Indian journal of veterinary science and animal husbandry - Volumes 18-21, 1948-1951
Year: 1948
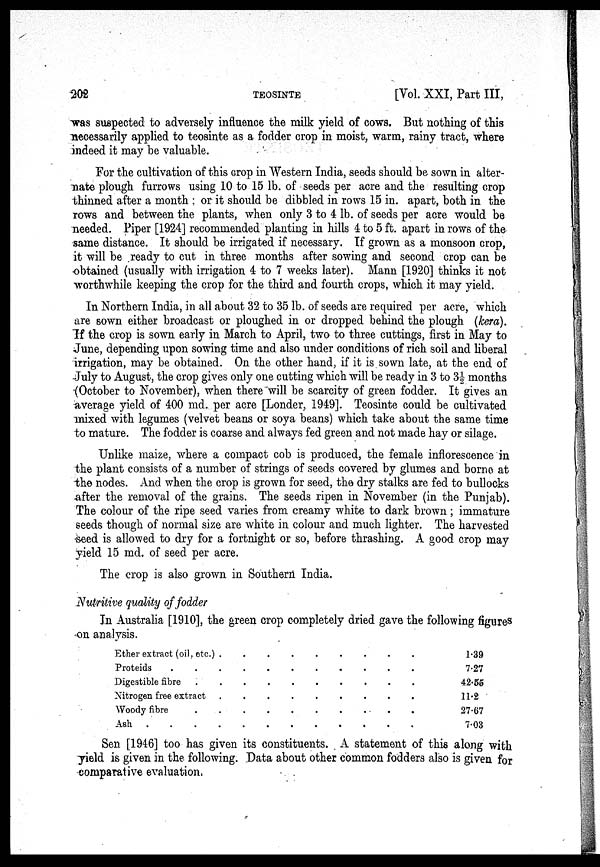
202
TEOSINTE
[Vol. XXI, Part III,
was suspected to adversely influence the milk yield of cows. But nothing of this
necessarily applied to teosinte as a fodder crop in moist, warm, rainy tract, where
indeed it may be valuable.
For the cultivation of this crop in Western India, seeds should be sown in alter-
nate plough furrows using 10 to 15 lb. of seeds per acre and the resulting crop
thinned after a month : or it should be dibbled in rows 15 in. apart, both in the
rows and between the plants, when only 3 to 4 lb. of seeds per acre would be
needed. Piper [1924] recommended planting in hills 4 to 5 ft. apart in rows of the
same distance. It should be irrigated if necessary. If grown as a monsoon crop,
it will be ready to cut in three months after sowing and second crop can be
obtained (usually with irrigation 4 to 7 weeks later). Mann [1920] thinks it not
worthwhile keeping the crop for the third and fourth crops, which it may yield.
In Northern India, in all about 32 to 35 lb. of seeds are required per acre, which
are sown either broadcast or ploughed in or dropped behind the plough (kera).
If the crop is sown early in March to April, two to three cuttings, first in May to
June, depending upon sowing time and also under conditions of rich soil and liberal
irrigation, may be obtained. On the other hand, if it is sown late, at the end of
July to August, the crop gives only one cutting which will be ready in 3 to 3½ months
(October to November), when there will be scarcity of green fodder. It gives an
average yield of 400 md. per acre [Londer, 1949]. Teosinte could be cultivated
mixed with legumes (velvet beans or soya beans) which take about the same time
to mature. The fodder is coarse and always fed green and not made hay or silage.
Unlike maize, where a compact cob is produced, the female inflorescence in
the plant consists of a number of strings of seeds covered by glumes and borne at
the nodes. And when the crop is grown for seed, the dry stalks are fed to bullocks
after the removal of the grains. The seeds ripen in November (in the Punjab).
The colour of the ripe seed varies from creamy white to dark brown ; immature
seeds though of normal size are white in colour and much lighter. The harvested
seed is allowed to dry for a fortnight or so, before thrashing. A good crop may
yield 15 md. of seed per acre.
The crop is also grown in Southern India.
Nutritive quality of fodder
In Australia [1910], the green crop completely dried gave the following figures
on analysis.
Ether extract (oil, etc.) . . . . . . . . .
Proteids . . . . . . . . . .
Digestible fibre . . . . . . . . . .
Nitrogen free extract . . . . . . . . .
Woody fibre . . . . . . . . . .
Ash . . . . . . . . . . .
1.39
7.27
42.55
11.2
27.67
7.03
Sen [1946] too has given its constituents. A statement of this along with
yield is given in the following. Data about other common fodders also is given for
comparative evaluation.